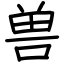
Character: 兽